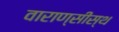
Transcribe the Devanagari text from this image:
वाराण्सीस्थ